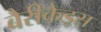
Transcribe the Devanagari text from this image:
बैरीकेड्स